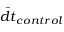
\bar { d t } _ { c o n t r o l }